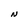
Character: N